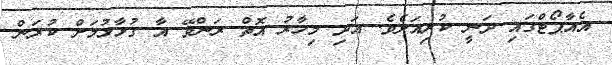
އެއާޕޯޓްގައި ދަނީ ކުރިއަށެވެ. އަދި މިހާރު އޮތް ރަންވޭ އާ ގުޅާޅުމަށް ކުރަން